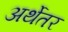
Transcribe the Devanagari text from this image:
अर्थेतर